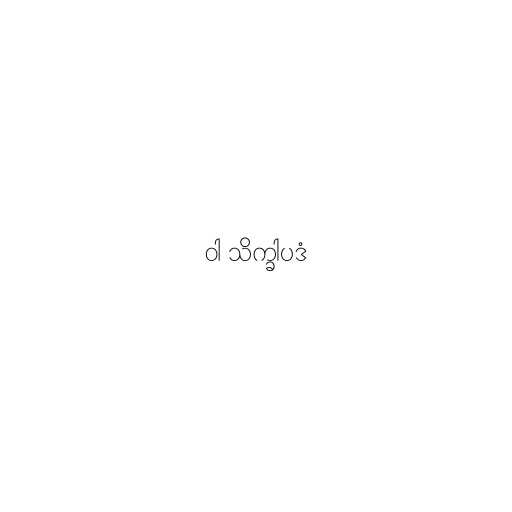
ဝါ သိက္ခါပဒံ